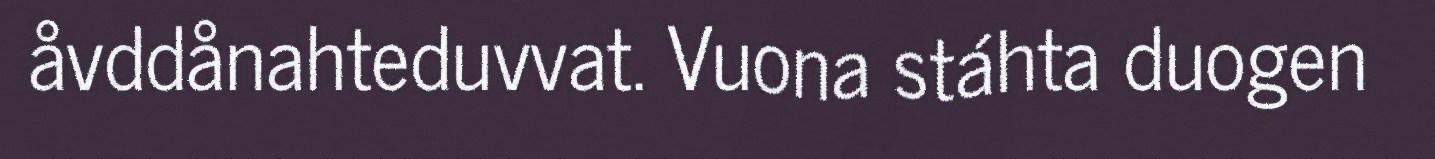
åvddånahteduvvat. Vuona stáhta duogen